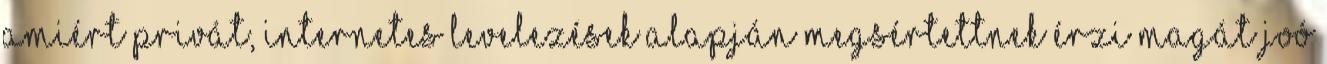
amiért privát, internetes levelezések alapján megsértettnek érzi magát Joó